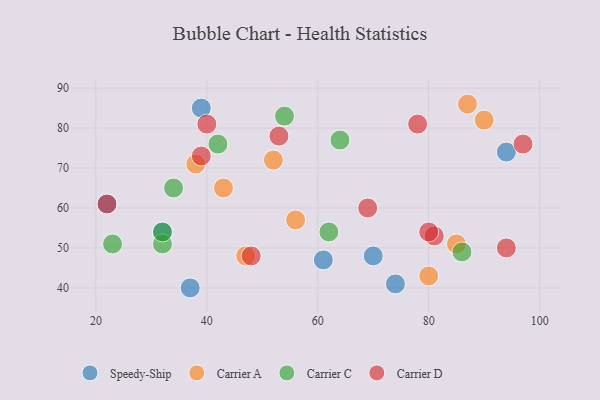
{"axis": {"x": "GDP", "y": "Life Expectancy"}, "legend": ["Carrier A", "Carrier C", "Carrier D", "Speedy-Ship"], "data": [{"x": "74", "y": 41, "type": "Speedy-Ship"}, {"x": "39", "y": 85, "type": "Speedy-Ship"}, {"x": "70", "y": 48, "type": "Speedy-Ship"}, {"x": "22", "y": 61, "type": "Speedy-Ship"}, {"x": "94", "y": 74, "type": "Speedy-Ship"}, {"x": "37", "y": 40, "type": "Speedy-Ship"}, {"x": "32", "y": 54, "type": "Speedy-Ship"}, {"x": "61", "y": 47, "type": "Speedy-Ship"}, {"x": "87", "y": 86, "type": "Carrier A"}, {"x": "47", "y": 48, "type": "Carrier A"}, {"x": "56", "y": 57, "type": "Carrier A"}, {"x": "80", "y": 43, "type": "Carrier A"}, {"x": "38", "y": 71, "type": "Carrier A"}, {"x": "52", "y": 72, "type": "Carrier A"}, {"x": "85", "y": 51, "type": "Carrier A"}, {"x": "90", "y": 82, "type": "Carrier A"}, {"x": "43", "y": 65, "type": "Carrier A"}, {"x": "34", "y": 65, "type": "Carrier C"}, {"x": "86", "y": 49, "type": "Carrier C"}, {"x": "23", "y": 51, "type": "Carrier C"}, {"x": "64", "y": 77, "type": "Carrier C"}, {"x": "42", "y": 76, "type": "Carrier C"}, {"x": "62", "y": 54, "type": "Carrier C"}, {"x": "32", "y": 51, "type": "Carrier C"}, {"x": "54", "y": 83, "type": "Carrier C"}, {"x": "32", "y": 54, "type": "Carrier C"}, {"x": "40", "y": 81, "type": "Carrier D"}, {"x": "48", "y": 48, "type": "Carrier D"}, {"x": "81", "y": 53, "type": "Carrier D"}, {"x": "39", "y": 73, "type": "Carrier D"}, {"x": "80", "y": 54, "type": "Carrier D"}, {"x": "97", "y": 76, "type": "Carrier D"}, {"x": "94", "y": 50, "type": "Carrier D"}, {"x": "69", "y": 60, "type": "Carrier D"}, {"x": "78", "y": 81, "type": "Carrier D"}, {"x": "53", "y": 78, "type": "Carrier D"}, {"x": "22", "y": 61, "type": "Carrier D"}]}